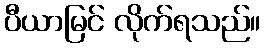
ပီယာမြင် လိုက်ရသည်။